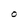
Character: O